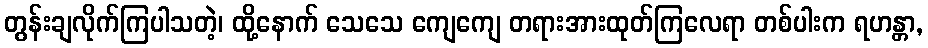
တွန်းချလိုက်ကြပါသတဲ့၊ ထို့နောက် သေသေ ကျေကျေ တရားအားထုတ်ကြလေရာ တစ်ပါးက ရဟန္တာ,